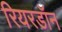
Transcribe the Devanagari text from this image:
रियरडॉन